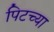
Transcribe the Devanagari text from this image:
पिटच्या